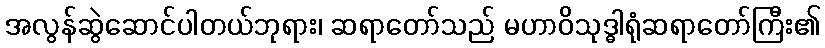
အလွန်ဆွဲဆောင်ပါတယ်ဘုရား၊ ဆရာတော်သည် မဟာဝိသုဒ္ဓါရုံဆရာတော်ကြီး၏